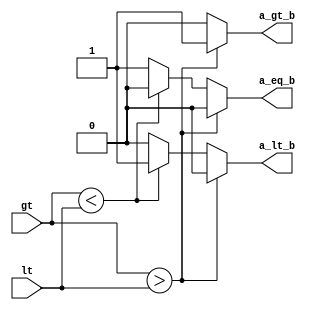
module Comparator_lv2(gt,lt,a_gt_b,a_eq_b,a_lt_b);

input[3:0] gt;
input[3:0] lt;

output a_gt_b;
output a_eq_b;
output a_lt_b;

reg a_gt_b , a_eq_b , a_lt_b;

always @(*)
begin
  if( gt > lt) // Note assign should be be used in if_else
    begin //Every reg must be assigned some sort of value in statement,otherwise
    //They might become floating variables.
    
     a_gt_b <=#3 1; //<= would execute the program concurrently i.e. non-blocking
     a_lt_b <=#4 0; //For combinational circuit, since they are all executing concurrently
     a_eq_b <=#5 0; //We should use non blocking, unless they are executed sequentially
                    //Using them wrong might lead to register receving the wrong value
    end 
  else if(gt < lt)
    begin
     
     a_gt_b <=#3 0;
     a_lt_b <=#4 1;
     a_eq_b <=#5 0;

    end  
  else
    begin
     
     a_gt_b <=#3 0;
     a_lt_b <=#4 0;
     a_eq_b <=#5 1;

    end
end  

endmodule